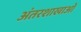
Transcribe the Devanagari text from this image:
अंतरशाखाओं